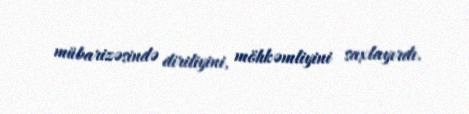
mübarizəsində diriliyini, möhkəmliyini saxlayırdı.